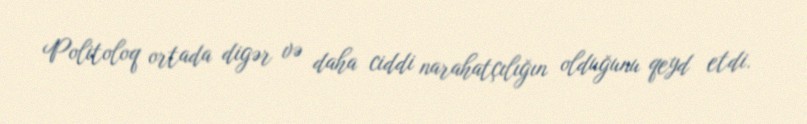
Politoloq ortada digər və daha ciddi narahatçılığın olduğunu qeyd etdi.